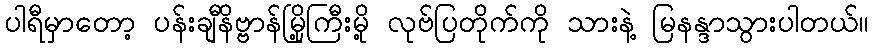
ပါရီမှာတော့ ပန်းချီနိဗ္ဗာန်မြို့ကြီးမို့ လုဗ်ပြတိုက်ကို သားနဲ့ မြနန္ဒာသွားပါတယ်။